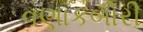
વણાકબોરી